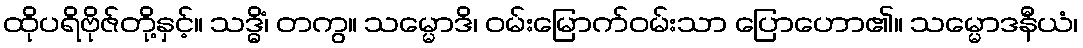
ထိုပရိဗိုဇ်တို့နှင့်။ သဒ္ဓိံ၊ တကွ။ သမ္မောဒိ၊ ဝမ်းမြောက်ဝမ်းသာ ပြောဟော၏။ သမ္မောဒနီယံ၊